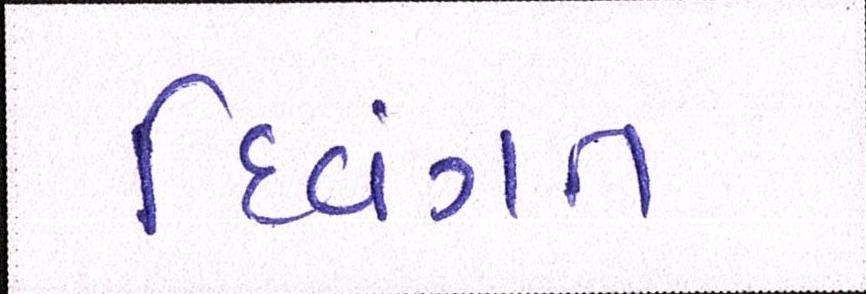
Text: દિવંગત